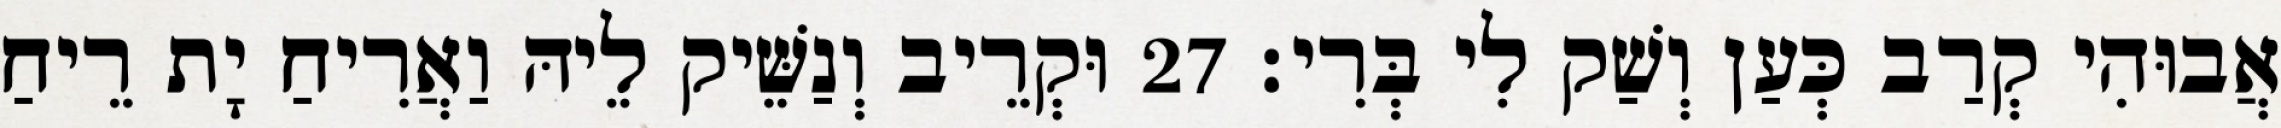
אֲבוּהִי קְרַב כְּעַן וְשַׁק לִי בְּרִי׃ 27 וּקְרֵיב וְנַשֵּׁיק לֵיהּ וַאֲרִיחַ יָת רֵיחַ